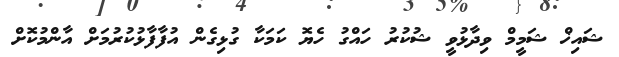
ޝައިޚް ޝަމީމް ވިދާޅުވީ ޝުކުރު ހައްގު ހެޔޮ ކަމަކާ ގުޅިގެން އުފާފާޅުކުރުމަށް އާންމުކޮށް